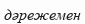
дәрежемен